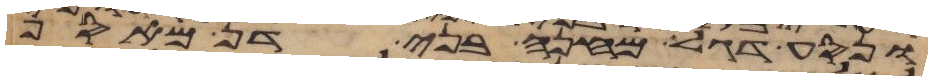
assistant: ונסע דגל מחנה בני דן מאסף